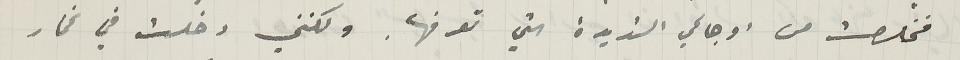
فخلصت من اوجاعي الشديدة التي تعرفها. ولكني دخلت في غمار